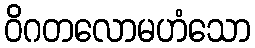
ဝိဂတလောမဟံသော